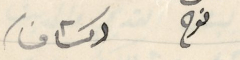
نوح    (كشاف)